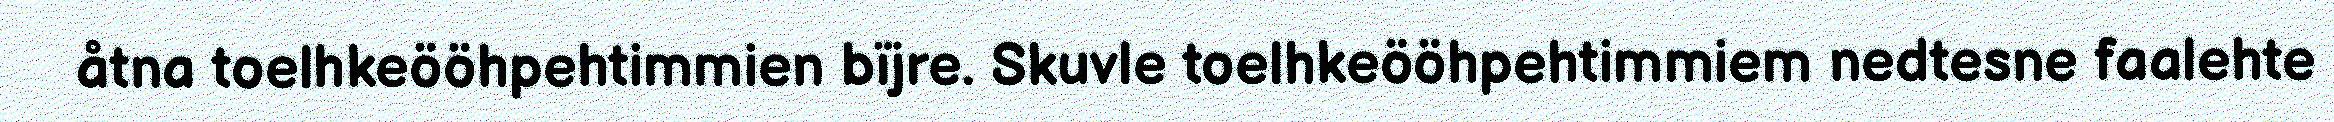
åtna toelhkeööhpehtimmien bïjre. Skuvle toelhkeööhpehtimmiem nedtesne faalehte